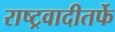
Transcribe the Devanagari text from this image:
राष्ट्रवादीतर्फे